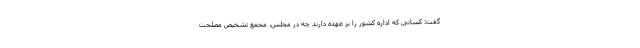
گفت: کسانی که اداره کشور را بر عهده دارند چه در مجلس، مجمع تشخیص مصلحت